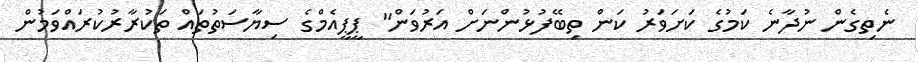
ނެތިގެން ނުދާނެ ކަމުގެ ކަށަވަރު ކަން ތިބޭފުޅުންނަށް އަރުވަން" ޕީޕީއެމްގެ ސިޔާސަތުތައް ތަކުރާރުކުރައްވަމުން